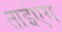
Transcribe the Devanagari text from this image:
ताईएंग